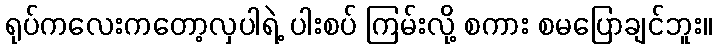
ရုပ်ကလေးကတော့လှပါရဲ့ ပါးစပ် ကြမ်းလို့ စကား စမပြောချင်ဘူး။